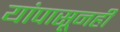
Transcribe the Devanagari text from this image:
यांपासूनही